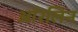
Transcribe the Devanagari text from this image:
ऑरलिन